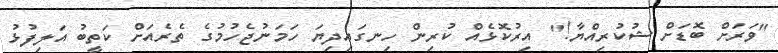
"ވަރަށް ބޮޑަށް ޝުކުރިއްޔާ!" އިރުކޮޅެއް ކުރިން ހިނގައިދިޔަ ހަމަނުޖެހުމުގެ ތެރެއަށް ކަތީބު އަލިފުޅު